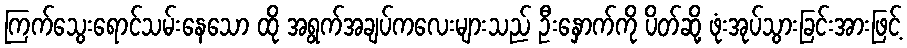
ကြက်သွေးရောင်သမ်းနေသော ထို အရွက်အချပ်ကလေးများသည် ဦးနှောက်ကို ပိတ်ဆို့ ဖုံးအုပ်သွားခြင်းအားဖြင့်